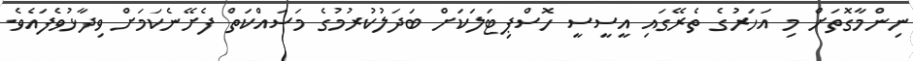
ނިންމާގޮތަށް މި އަހަރުގެ ތެރޭގައި އީސީސީ ހޮސްޕިޓަލަކަށް ބަދަލުކުރުމުގެ މަސައްކަތް ފެށޭނެކަމަށް ވިދާޅުވެފައެވެ.